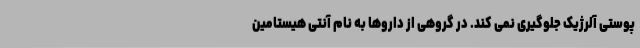
پوستی آلرژیک جلوگیری نمی کند. در گروهی از داروها به نام آنتی هیستامین